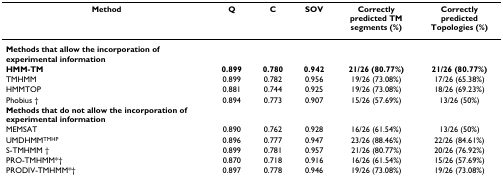
<table><thead><tr><td><b>Method</b></td><td><b>Q</b></td><td><b>C</b></td><td><b>SOV</b></td><td><b>Correctly predicted TM segments (%)</b></td><td><b>Correctly predicted Topologies (%)</b></td></tr></thead><tbody><tr><td><b>Methods that allow the incorporation of experimental information</b></td><td></td><td></td><td></td><td></td><td></td></tr><tr><td><b>HMM-TM</b></td><td><b>0.899</b></td><td><b>0.780</b></td><td><b>0.942</b></td><td><b>21/26 (80.77%)</b></td><td><b>21/26 (80.77%)</b></td></tr><tr><td>TMHMM</td><td>0.899</td><td>0.782</td><td>0.956</td><td>19/26 (73.08%)</td><td>17/26 (65.38%)</td></tr><tr><td>HMMTOP</td><td>0.881</td><td>0.744</td><td>0.925</td><td>19/26 (73.08%)</td><td>18/26 (69.23%)</td></tr><tr><td>Phobius †</td><td>0.894</td><td>0.773</td><td>0.907</td><td>15/26 (57.69%)</td><td>13/26 (50%)</td></tr><tr><td><b>Methods that do not allow the incorporation of experimental information</b></td><td></td><td></td><td></td><td></td><td></td></tr><tr><td>MEMSAT</td><td>0.890</td><td>0.762</td><td>0.928</td><td>16/26 (61.54%)</td><td>13/26 (50%)</td></tr><tr><td>UMDHMM<sup>TMHP</sup></td><td>0.896</td><td>0.777</td><td>0.947</td><td>23/26 (88.46%)</td><td>22/26 (84.61%)</td></tr><tr><td>S-TMHMM †</td><td>0.899</td><td>0.781</td><td>0.957</td><td>21/26 (80.77%)</td><td>20/26 (76.92%)</td></tr><tr><td>PRO-TMHMM*†</td><td>0.870</td><td>0.718</td><td>0.916</td><td>16/26 (61.54%)</td><td>15/26 (57.69%)</td></tr><tr><td>PRODIV-TMHMM*†</td><td>0.897</td><td>0.778</td><td>0.946</td><td>19/26 (73.08%)</td><td>19/26 (73.08%)</td></tr></tbody></table>